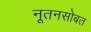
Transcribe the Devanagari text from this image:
नूतनसोबत